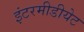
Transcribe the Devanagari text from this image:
इंटरमीडीयेट